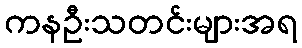
ကနဦးသတင်းများအရ